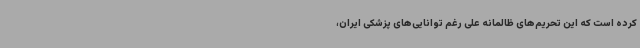
کرده است که این تحریم‌های ظالمانه علی رغم توانایی‌های پزشکی ایران،